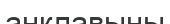
анклавыны